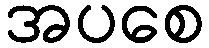
အပစေ